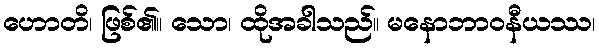
ဟောတိ၊ ဖြစ်၏။ သော၊ ထိုအခါသည်။ မနောဘာဝနီယဿ၊